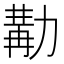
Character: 𠢉